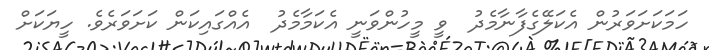
ހަމަކަށަވަރުން އެކަލޭގެފާނާމެދު  ވީ މީހުންވަނީ އެކަމާމެދު  އެއްގައިކަން ކަށަވަރެވެ. ހީޔަކަށް